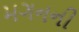
મગનની